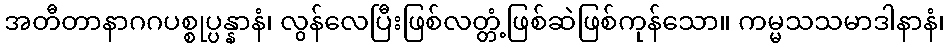
အတီတာနာဂဂပစ္စုပ္ပန္နာနံ၊ လွန်လေပြီးဖြစ်လတ္တံ့ဖြစ်ဆဲဖြစ်ကုန်သော။ ကမ္မသသမာဒါနာနံ၊